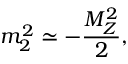
m _ { 2 } ^ { 2 } \simeq - \frac { M _ { Z } ^ { 2 } } { 2 } ,